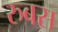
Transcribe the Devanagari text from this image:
रुबस